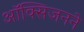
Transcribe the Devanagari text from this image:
ऑक्सिजनने